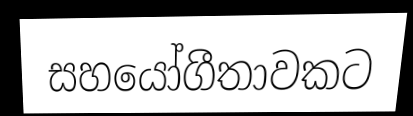
සහයෝගීතාවකට